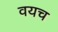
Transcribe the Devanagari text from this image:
वयच